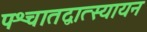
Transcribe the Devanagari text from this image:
पश्चातद्वात्स्यायन